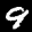
Label: 9